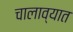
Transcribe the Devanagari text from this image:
चालाव्यात